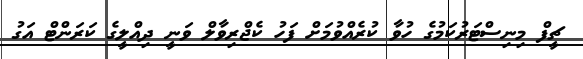
ޗީފް މިނިސްޓަރުކަމުގެ ހުވާ ކުރެއްވުމަށް ފަހު ކެޖްރިވާލް ވަނީ ދިއްލީގެ ކަރަންޓް އަގު